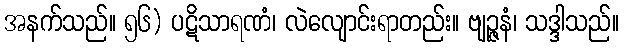
အနက်သည်။ ၅၆) ပဋိသာရဏံ၊ လဲလျောင်းရာတည်း။ ဗျဉ္ဇနံ၊ သဒ္ဒါသည်။